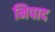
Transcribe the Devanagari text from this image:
निपाद